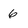
Character: 6